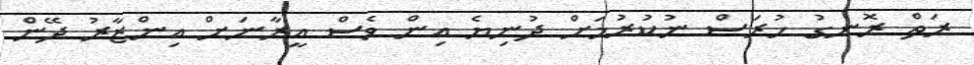
ރަތް ރޮނގު ހުރަސް ނުކުރުމަށް ދުނިޔެ އިން ވެސް އީރާނަށް އިންޒާރު ދޭން